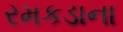
રમકડાના